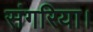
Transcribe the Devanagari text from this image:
संगरिया।